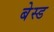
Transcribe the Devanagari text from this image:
बेस्‍ड